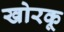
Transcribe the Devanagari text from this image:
खोरकू